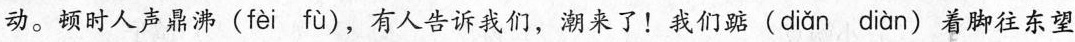
动。顿时人声鼎沸(fèi fù)，有人告诉我们，潮来了！我们踮(diǎn diàn)着脚往东望